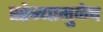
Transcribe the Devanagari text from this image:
सोन्यामुळेच